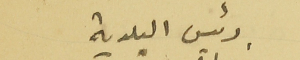
رئيس البلدية